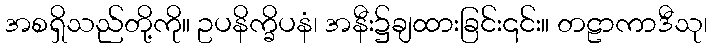
အစရှိသည်တို့ကို။ ဥပနိက္ခိပနံ၊ အနီး၌ချထားခြင်း၎င်း။ တဠာကာဒီသု၊